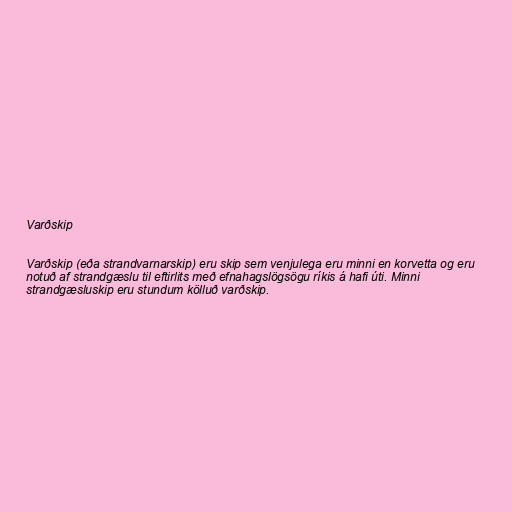
Varðskip

Varðskip (eða strandvarnarskip) eru skip sem venjulega eru minni en korvetta og eru
notuð af strandgæslu til eftirlits með efnahagslögsögu ríkis á hafi úti. Minni
strandgæsluskip eru stundum kölluð varðskip.